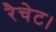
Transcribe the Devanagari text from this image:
रैचेट।